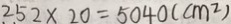
2 5 2 \times 2 0 = 5 0 4 0 ( c m ^ { 2 } )